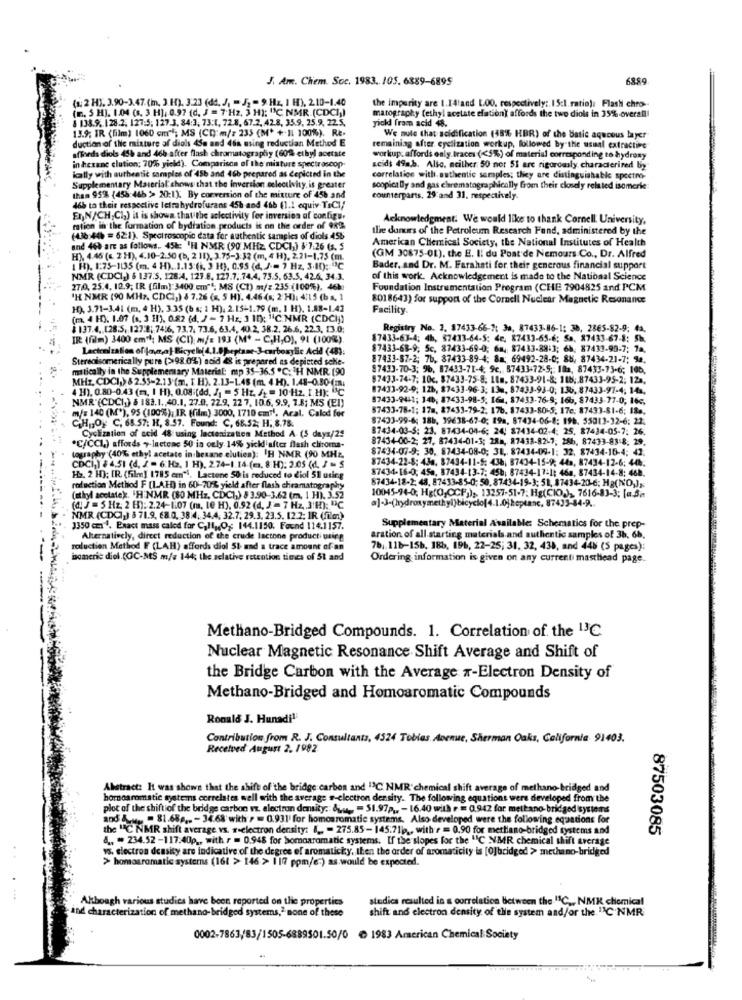
J. Am. Chem. Soc. 1983. 105. 6389-6895
6889
(1: 2 H). 3.90-3.47.(m. J.H). 3.23 (da. J. - J] = 9 Hz, 1 H), 210-1.40
(m. 5 H]. 1.04 (s. 3 H]. 0.97 (d. J = 7 Hz, 3 H): "C NMR (CDCI))
the impurity are 1.14land 1.00, respectively: 1 5:1 ratio): Flash chro-
8 138.9. 1 28.2. 127:5; 127 3. 84:3, 73:1, 72.8, 67.2, 42.8, 35.9. 25.9, 22.5.
marography (ethyl acetate efation) affords the two diols in 35% overall!
13.9. IR (film) 1060 cm"; MS (CD:m/: 235 (M* +-11 100%). RE-
gick fram acid 48.
duction of the mixture of diols 450 and 46s using reduction Method E
We mule that acidification (48% HBR) of the basic aqucous layer
remaining after cyclization workup, followed by the usual extracting
affords diols 45h and 466 after flash chromatography (60%% ethyl acetate
in hexane clution; 70% yield). Comparison of the misture spectroscop
workup. affords only.traces (<5%) of material corresponding to hydroxy
kally with authentic samples of 456 and 466 prepared as depicted in the
acids 49a.b. Also, neither 50 not 51 are rigorously characterized by
correlatice with, authentic samples; they are distinguishable spectro-
Supplementary Material shows that the Inversion selectivity, is greater
scopica lly and gas chromatographically from their cloudy related isomerie
than 95% (456:446 > 20:1) By conversion of the mixture of 45h and
counterparts, 29 and 31, respectively.
46b to their respective lettahydrofurans 45h and 46b (1.1 equiv TsCI/
Er,N/CH;CI,) it is shown that the aclectivity for inversion of configu.
Acknowledgment. We would like to thank Cornell University,
ration in the formation of hydration products is on the order of 982.
the dunurs of the Petroleum Research Fund, administered by the
(436.446 = 62:1). Spectroscopic data for authentic samples of diols 456
American Chemical Society, the National Institutes of Health
and 460 are as follows. 45k: 'H NMR (90 MHZ CDCI,) $ 7.26 6s. 5
H). 4.46 (. 2 H), 4.10-2.50 (b, 2 11), 3.75-3:32 (m, 4 H), 2.21-1.75 (m.
(GM 30875-01), the E. I: du Pont de Nemours Co ., Dr. Alfred
1 H), 1:75-1135 (m. 4 H). 1.15:(i, J H), 0.95 (d. J .= ) Hz, 3.10) ;: 0℃
Bader, and Dr. M. Farahsti for their generous financial support
NMR (CDCI ) $ 137.5. 128:4, 129.6. 127.7. 74.4, 73.5. 63.5. 42.6. 34.3.
of this work. Acknowledgement is made to the National Science
27/00, 25.4. 12.9; IR (film):3400 em"", MS (C1) m/: 235:(100%), 46bo
Foundation Instrumentation Program (CHE 7904825 and PCM
'H NMR (90 MHZ, CDCI,) 8 7.26 (s. 5 H). 4.46 (x; 2'H): 4115 (bs, 1
8018643) for support of the Cornell Nuclear Magnetic Resonance
H), 3.71-3.41 (m, 4 H), 3.35 (b s; 1 H), 2.15-1.79 (m. I H), 1.88-1.47
Facility.
(m. 4 H), 1.07 (s. 3 H1), 0.82 (d. J - 7 Hz; 3 ID: "C.NMR (CDCI;)
$ 137.4. [28.5, 127:8; 7416, 73.7, 73.6, 63.4, 40.2, 38.2, 26.6, 22.3, 13.0;
Registry No. 3. 17433-66-7: 38, 87433-86-1: 38, 2865-82-9: 4a.
IR (film) 3400 em1; MS (CI) m/= 193 (M* - C,H,O), 91 (100%).
87433-63-4; 4h, 87433-64-5; de, 87433-65-6; Sa. 87433-67-8: 5h.
Lactrnization of joyn,a)-Bicyelof 4.1.8heptame-3-carboxylic Acid (48).
87433-68-9, Sc, 87433-69-0; 6a, 87433.88:3; 6h. 87433-98.7; 7a.
Stereoisomerically pure (>98.0%) said 48 is prepared as depicted sche-
87433-87-2; 76, 87433-89-4; 8a: 69492-28-0; 88, 87434-21-7: 3a.
mitically in the Supplememary Material: mp 35-36.5 ºC: 'H NMR: (90
87433-70-3; 96, 87433-71-4, 9c, 87433-72-5; Ila, 87433-73-6; 106.
MHz, CDCI,) 8 2.53-2,13'(m. [ H). 2.13-145 (m. 4 H). 1.48-0.50 (m.
87433-74-7; 10c. 87433-75-8; Lin, 87433-91-8; 118: 87433-95-2; 12a,
4 14), 0.80-0.43 (m, I H), 0.08:(dd, /] = 5 Hz. J) = 10.Hz. I.H): ℃
87433-92-9, 126, 87433-96-3; 130, 87433-93-0; 136, 87433-97-4; 14 ..
NMR'(CDCI,) & 182.1. 40.1, 27.0, 22.9, 22 7, 10.6. 9.9. 7.8; MS (EI)
87433-9411; 146; 87433-98-5; 161, 87433-76-9; 166, 87433-77-0, 166.
87433-78-1; 178, 87433-79-2: 176. 87433-80-5, 17e: 87433-81-6; 18 ..
m/s 140 (M'), 95 (100%), IR (film) 3000, 1710 cm1. Aral. Calod for
87433-99-6; 186, 39638-67-0; 19a, 87434-06-8: 198. 55013-32-6: 22.
C.H ., O, C, 68.57: H, 8.57. Found: C, 68.52; H, 8.78.
87434-03-3: 23. 87434-04-6; 24! 87434-02-4: 25. 87434-05-7: 26.
Cyclization of acid 48 using lactenization Method A (5 days/25
87434-00-2; 27, 87434-01-3; 288, 87433-82-7; 286, 87433-88-8. 29.
"C/CCL) affords , Inctene 50 ia only 14% yickd'after flash chiroma-
87434-07-9: 30, 87434-08-0; 31, 87434-09-1: 32. 87434-16-4; 42.
tography (40% ethyl acetate in hexane elutien): H NMR (90 MHZ
87434-22-8: 436, 87434-11-5: 438; 87434-15-9; 443, 87434-12-6: 448;
CDCI,) $4,51 (d, / = 6. Hz, 1 H), 2.74-1.14 (=s. 8 H): 2.05 (4, J = S
87434-16-0; 45a, 87434-13-7: 45b; 87434-17-1: 46a, 87434-14-8: 468.
Ho, 2 H); IR. (film) 1785 em"\. Lactone 50 is reduced to diol 51 using
87434-18-2: 48, 87433-85-0; 50, 87434-19-3: 51, 87434-20-6; Ha(NO,));
reduction Method F [LAHD) in 60-70% yield after flash chramatography
(ethyl acetate): 'H NMR (80 MHZ, CDC1) & 3.90-3.62 (m, 1 H). 3.52
10045-94-0; Hg(O,CCF)) ;, 13257-51-7: Hg(CIO,) ,, 7616-83-3; la.3.
(a ) = 5 Hz 2 H): 2.24-1.07 (m. 10 H), 0.92 (d. J'= 7 Hz, 3'H); "℃
NMR (CDCI ) 3 71.9, 68.0, 38 :4, 34.4, 32.7. 29.3. 23.5. 12.2: 1R (film)
Supplementary Material Available: Schematics for the prep-
3350 cmx1. Exact mass caled for C,11 ,, Og: 144.1150; Found 114.1157.
Alternatively, direct reduction of the crude lactone product using
aration of all starting materials and authentic samples of 3b, 6b.
roluction Method F (LAH) affords diol 51 and a trace amount of an
7b ;. 11b-15b. 186, 196, 22-25; 31, 32, 438, and 448 (5 pages):
isomeric diel.(GC-MS m/a 144; the selative retention times of 51 and
Ordering information is given on any currenti masthead page.
Methano-Bridged Compounds. 1. Correlation of the "3C
Nuclear Magnetic Resonance Shift Average and Shift of
the Bridge Carbon with the Average x-Electron Density of
Methano-Bridged and Homoaromatic Compounds
Ronald J. Hunadi1
Contribution from R. J. Consultants, 4524 Tobias Avenue, Sherman Oaks, California 91403.
Received August 2. 1982.
Abstract: It was shown that the shift of the bridge carbon and "3C NMR' chemical shift average of methano-bridged and
hornoaromatic systems correlates well with the average s-electron density. The following equations were developed from the
plot of the shiftiof the bridge carbon v. electron density: & .... = 51.97p ,, - 16.40 with e = 0,942 for mettano-bridgedisystems
and w = 81.68 ... - 34.68 with > = 0.931' for homosromatic systems. Also developed were the following equations for
the "C NMR shift average vs. #electron density: [ .. = 275.85- 145.71 ., with r = 0.90 for mettano-bridged systems and
87503085
a ,, - 234.52 -117:40p ,, with r = 0.948 for homoaromatic systems. If the slopes for the "C NMR chemical shift average
vs. electron density are indicative of the degree of aromaticky, then the order of aromaticity is [O]bridged > methano-bridged
> homoaromatic systerns (161 > 146 > 1177 ppm/e:) as would be expected.
Although various studies have been reported on the properties
stodica resulted in a correlation between the "1C ,, NMK chemical
and characterization of methano-bridged systems," none of these
shift and electron density of the system and/or the. "IC NMR
0002-7863/83/1505-6889501.50/0 € 1983 American Chemical Society